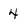
Character: 4